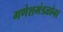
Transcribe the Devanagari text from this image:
गणेशमंडळांना